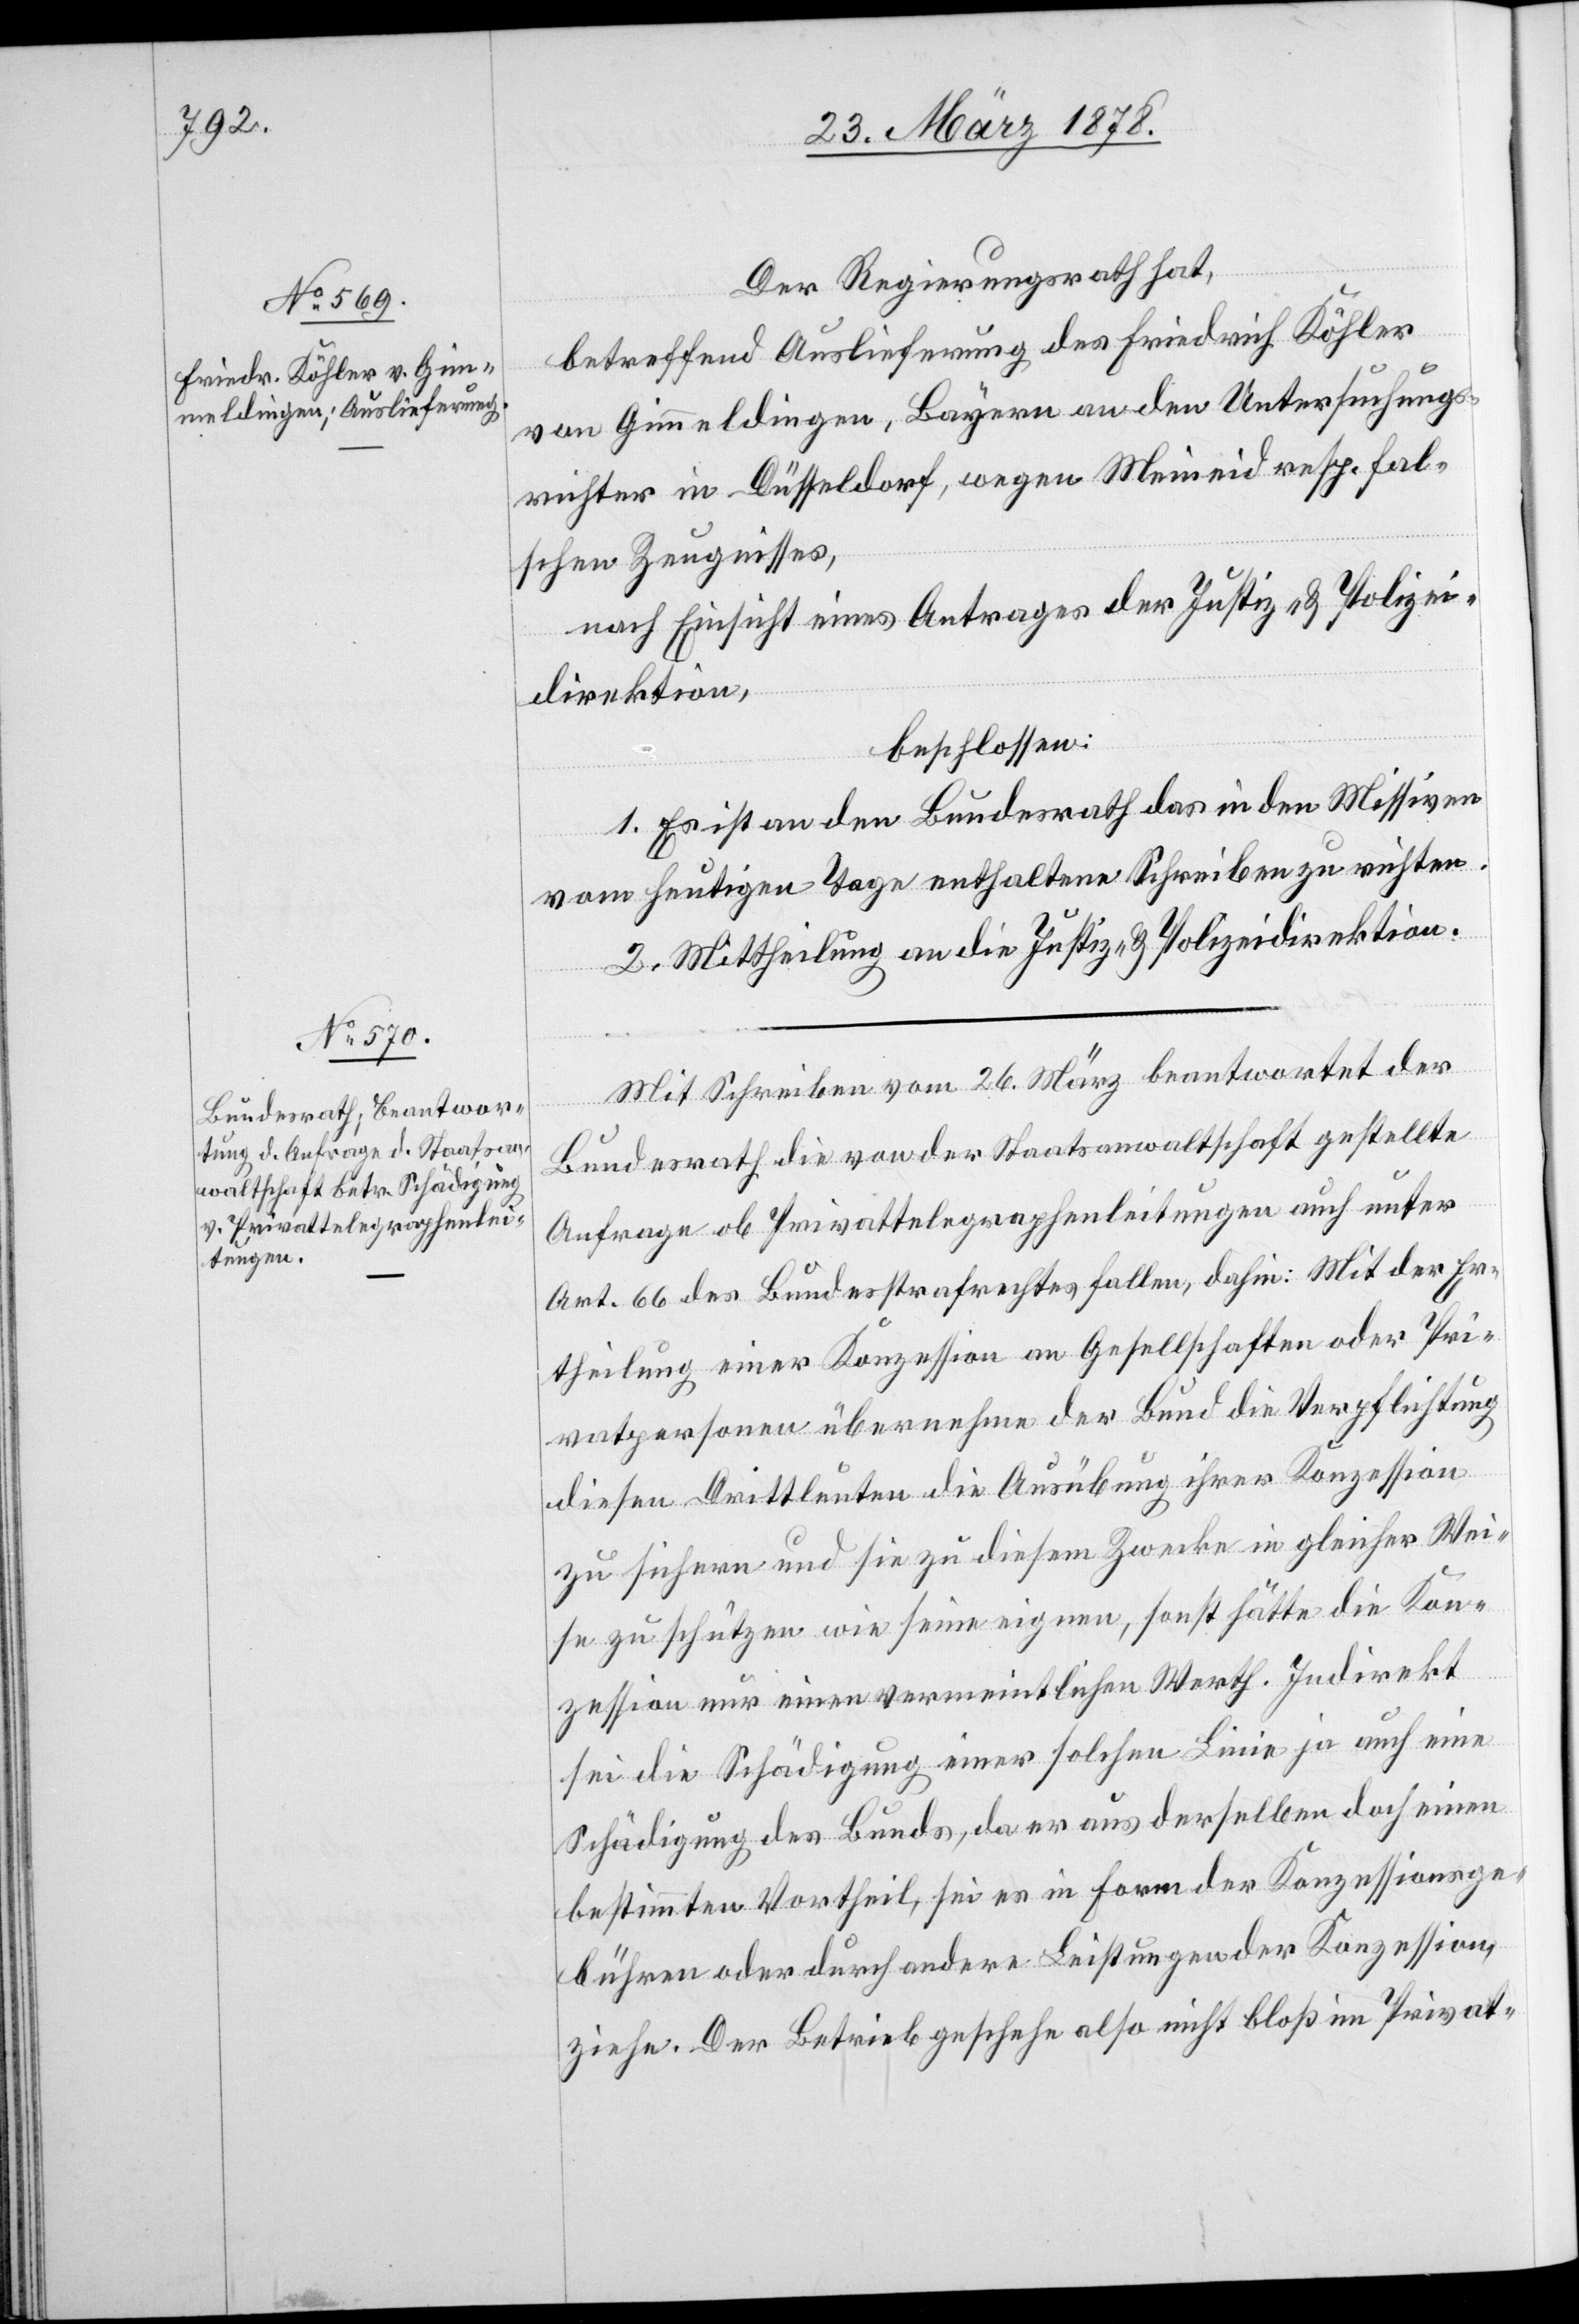
28. März 1878.]
Der Regierungsrath hat,
betreffend Auslieferung des Friedrich Köhler
von Gimmeldingen, Bayern an den Untersuchungs¬
richter in Düsseldorf, wegen Meineid resp. fal¬
schen Zeugnisses,
nach Einsicht eines Antrages der Justiz- & Polizei¬
direktion,
beschlossen:
1. Es ist an den Bundesrath das in den Missiven
vom heutigen Tage enthaltene Schreiben zu richten.
2. Mittheilung an die Justiz- & Polizeidirektion.
Mit Schreiben vom 26. März beantwortet der
Bundesrath die von der Staatsanwaltschaft gestellte
Anfrage ob Privattelegraphenleitungen auch unter
Art. 66 des Bundesstrafrechtes fallen, dahin: Mit der Er¬
theilung einer Konzession an Gesellschaften oder Pri¬
vatpersonen übernehme der Bund die Verpflichtung
diesen Drittleuten die Ausübung ihrer Konzession
zu sichern und sie zu diesem Zwecke in gleicher Wei¬
se zu schützen wie seine eigenen, sonst hätte die Kon¬
zession nur einen vermeintlichen Werth. Indirekt
sei die Schädigung einer solchen Linie ja auch eine
Schädigung des Bunds, da er aus derselben doch einen
bestimmten Vortheil, sei es in Form der Konzessionsge¬
bühren oder durch andere Leistungen der Konzession,
ziehe. Der Betrieb geschehe also nicht bloß im Privat-